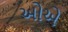
ઓએ